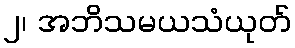
၂၊ အဘိသမယသံယုတ်